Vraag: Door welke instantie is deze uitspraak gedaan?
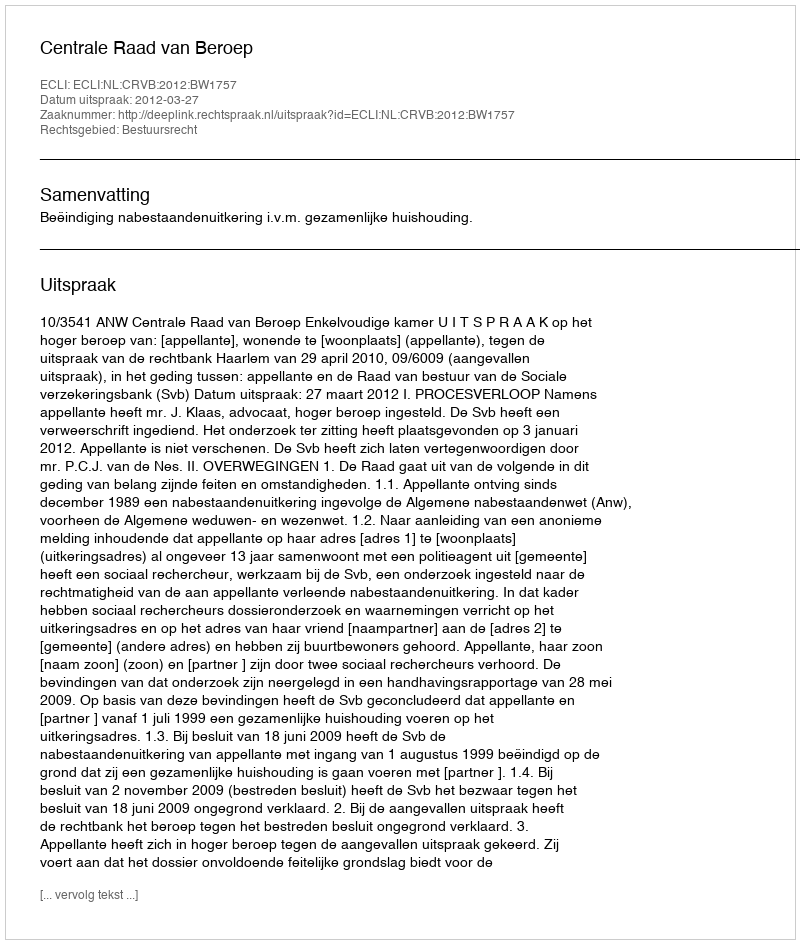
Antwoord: Centrale Raad van Beroep